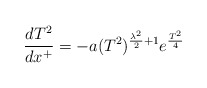
\begin{align*}\frac{d T^2}{d x^+}= -a (T^2)^{\frac{\lambda^2}{2} +1} e^{\frac{T^2}{4}} \end{align*}